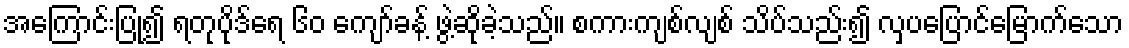
အကြောင်းပြု၍ ရတုပိုဒ်ရေ ၆၀ ကျော်ခန့် ဖွဲ့ဆိုခဲ့သည်။ စကားကျစ်လျစ် သိပ်သည်း၍ လှပပြောင်မြောက်သော